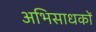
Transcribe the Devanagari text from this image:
अभिसाधकों